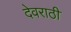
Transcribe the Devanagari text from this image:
देवराठी